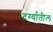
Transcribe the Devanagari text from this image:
दर्ग्यातील